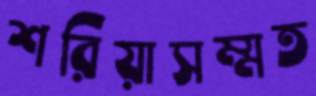
শরিয়াসম্মত